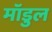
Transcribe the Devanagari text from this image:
मॉडुल